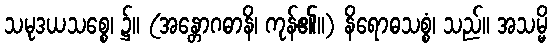
သမုဒယသစ္စေ၊ ၌။ (အန္တောဂဓာနိ၊ ကုန်၏။) နိရောဓသစ္စံ၊ သည်။ အသမ္မိ